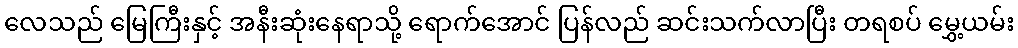
လေသည် မြေကြီးနှင့် အနီးဆုံးနေရာသို့ ရောက်အောင် ပြန်လည် ဆင်းသက်လာပြီး တရစပ် မွှေ့ယမ်း